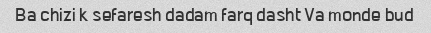
Ba chizi k sefaresh dadam farq dasht Va monde bud